Report on vaccination in the Province of Bengal - 1874-1889
Year: 1874
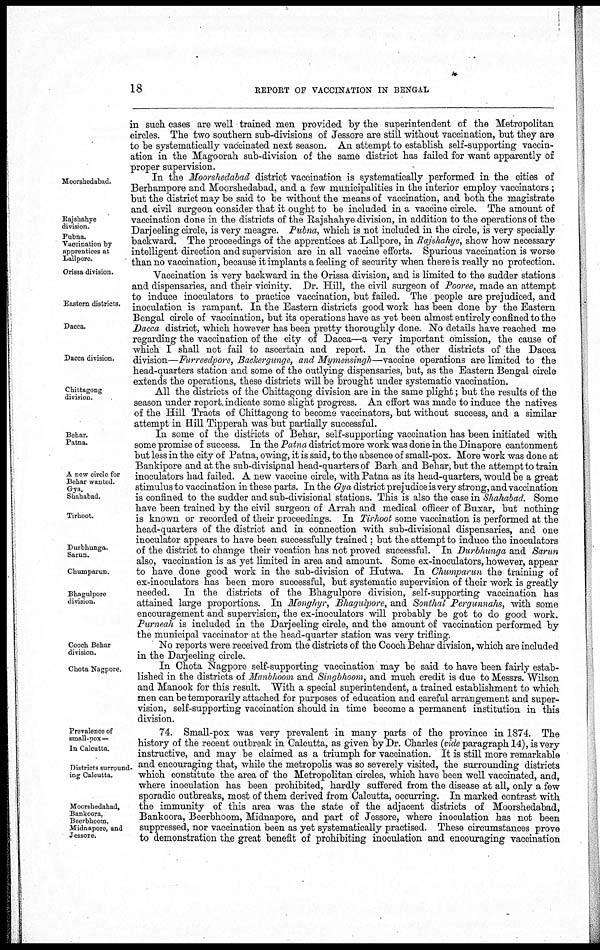
18
REPORT OF VACCINATION IN BENGAL
in such cases are well trained men provided by the superintendent of the Metropolitan
circles. The two southern sub-divisions of Jessore are still without vaccination, but they are
to be systematically vaccinated next season. An attempt to establish self-supporting vaccin-
ation in the Magoorah sub-division of the same district has failed for want apparently of
proper supervision.
Moorshedabad.
Rajshahye
division.
Pubna.
Vaccination by
apprentices at
Lallpore.
In the Moorshedabad district vaccination is systematically performed in the cities of
Berhampore and Moorshedabad, and a few municipalities in the interior employ vaccinators ;
but the district may be said to be without the means of vaccination, and both the magistrate
and civil surgeon consider that it ought to be included in a vaccine circle. The amount of
vaccination done in the districts of the Rajshahye division, in addition to the operations of the
Darjeeling circle, is very meagre. Pubna, which is not included in the circle, is very specially
backward. The proceedings of the apprentices at Lallpore, in Rajshahye, show how necessary
intelligent direction and supervision are in all vaccine efforts. Spurious vaccination is worse
than no vaccination, because it implants a feeling of security when there is really no protection.
Orissa division.
Eastern districts.
Dacca.
Dacca division.
Chittagong
division.
Vaccination is very backward in the Orissa division, and is limited to the sudder stations
and dispensaries, and their vicinity. Dr. Hill, the civil surgeon of Pooree, made an attempt
to induce inoculators to practice vaccination, but failed. The people are prejudiced, and
inoculation is rampant. In the Eastern districts good work has been done by the Eastern
Bengal circle of vaccination, but its operations have as yet been almost entirely confined to the
Dacca district, which however has been pretty thoroughly done. No details have reached me
regarding the vaccination of the city of Dacca—a very important omission, the cause of
which I shall not fail to ascertain and report. In the other districts of the Dacca
division—Furreedpore, Backergunge, and Mymensingh—vaccine operations are limited to the
head-quarters station and some of the outlying dispensaries, but, as the Eastern Bengal circle
extends the operations, these districts will be brought under systematic vaccination.
All the districts of the Chittagong division are in the same plight; but the results of the
season under report indicate some slight progress. An effort was made to induce the natives
of the Hill Tracts of Chittagong to become vaccinators, but without success, and a similar
attempt in Hill Tipperah was but partially successful.
Behar.
Patna.
A new circle for
Behar wanted.
Gya.
Shahabad.
Tirhoot.
Durbhunga.
Sarun.
Chumparun.
Bhagulpore
division.
In some of the districts of Behar, self-supporting vaccination has been initiated with
some promise of success. In the Patna district more work was done in the Dinapore cantonment
but less in the city of Patna, owing, it is said, to the absence of small-pox. More work was done at
Bankipore and at the sub-divisional head-quarters of Barh and Behar, but the attempt to train
inoculators had failed. A new vaccine circle, with Patna as its head-quarters, would be a great
stimulus to vaccination in these parts. In the Gya district prejudice is very strong, and vaccination
is confined to the sudder and sub-divisional stations. This is also the case in Shahabad. Some
have been trained by the civil surgeon of Arrah and medical officer of Buxar, but nothing
is known or recorded of their proceedings. In Tirhoot some vaccination is performed at the
head-quarters of the district and in connection with sub-divisional dispensaries, and one
inoculator appears to have been successfully trained; but the attempt to induce the inoculators
of the district to change their vocation has not proved successful. In Durbhunga and Sarun
also, vaccination is as yet limited in area and amount. Some ex-inoculators, however, appear
to have done good work in the sub-division of Hutwa. In Chumparun the training of
ex-inoculators has been more successful, but systematic supervision of their work is greatly
needed. In the districts of the Bhagulpore division, self-supporting vaccination has
attained large proportions. In Monghyr, Bhagulpore, and Sonthal Pergunnahs, with some
encouragement and supervision, the ex-inoculators will probably be got to do good work.
Purneah is included in the Darjeeling circle, and the amount of vaccination performed by
the municipal vaccinator at the head-quarter station was very trifling.
Cooch Behar
division.
No reports were received from the districts of the Cooch Behar division, which are included
in the Darjeeling circle.
Chota Nagpore.
In Chota Nagpore self-supporting vaccination may be said to have been fairly estab-
lished in the districts of Manbhoom and Singbhoom, and much credit is due to Messrs. Wilson
and Manook for this result. With a special superintendent, a trained establishment to which
men can be temporarily attached for purposes of education and careful arrangement and super-
vision, self-supporting vaccination should in time become a permanent institution in this
division.
Prevalence of
small-pox —
In Calcutta.
Districts surround-
ing Calcutta.
Moorshedahad,
Bankoora,
Beerbhoom,
Midnapore, and
Jessore.
74. Small-pox was very prevalent in many parts of the province in 1874. The
history of the recent outbreak in Calcutta, as given by Dr. Charles (vide paragraph 14), is very
instructive, and may be claimed as a triumph for vaccination. It is still more remarkable
and encouraging that, while the metropolis was so severely visited, the surrounding districts
which constitute the area of the Metropolitan circles, which have been well vaccinated, and,
where inoculation has been prohibited, hardly suffered from the disease at all, only a few
sporadic outbreaks, most of them derived from Calcutta, occurring. In marked contrast with
the immunity of this area was the state of the adjacent districts of Moorshedabad,
Bankoora, Beerbhoom, Midnapore, and part of Jessore, where inoculation has not been
suppressed, nor vaccination been as yet systematically practised. These circumstances prove
to demonstration the great benefit of prohibiting inoculation and encouraging vaccination